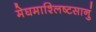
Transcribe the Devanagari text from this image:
मेघमाश्लिष्टसानुं